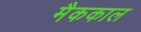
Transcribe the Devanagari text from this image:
मैककाल